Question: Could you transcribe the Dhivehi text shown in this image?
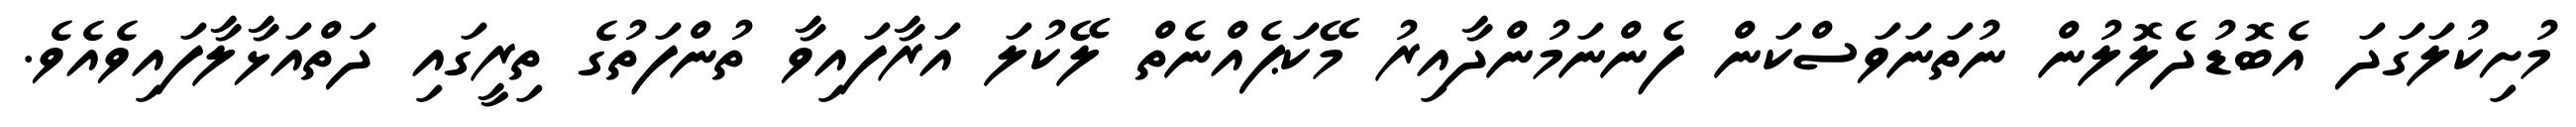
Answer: މުށިކުލަގަދަ އެބޮޑުދެލޮލުން ނުތަނަވަސްކަން ފެންނަމުންދާއިރު މޭކަޕެއްނެތް ލޭކުލަ އަރާފައިވާ ތުންފަތުގެ ތިރީގައި ދަތްއަޅާލާފައިވެއެވެ.